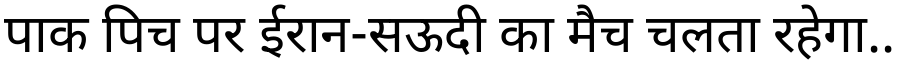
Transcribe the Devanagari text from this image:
पाक पिच पर ईरान-सऊदी का मैच चलता रहेगा..